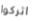
اتركوا